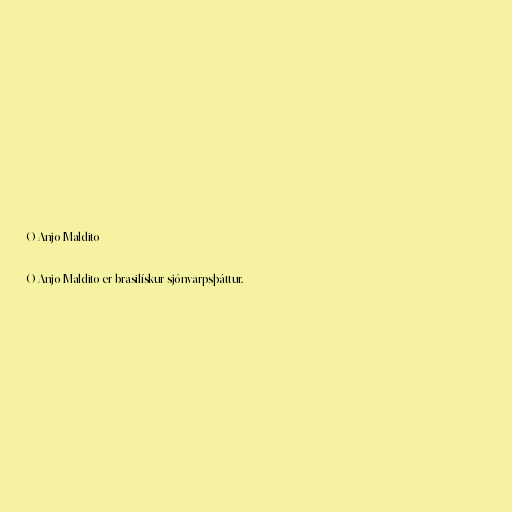
O Anjo Maldito

O Anjo Maldito er brasilískur sjónvarpsþáttur.